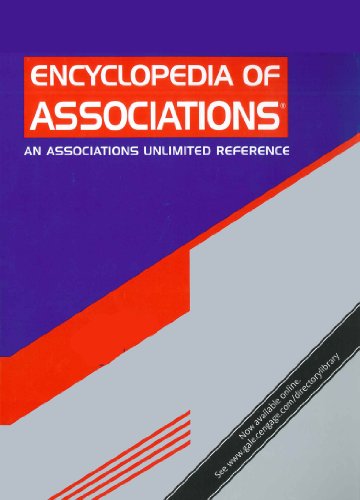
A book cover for Encyclopedia of Associations: National Organizations of the U.S: 3 Volume Set (Encyclopedia of Associations, Vol 1: National Organizations of the Us); Reference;